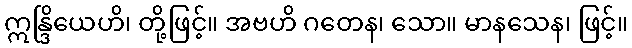
ဣန္ဒြိယေဟိ၊ တို့ဖြင့်။ အဗဟိ ဂတေန၊ သော။ မာနသေန၊ ဖြင့်။